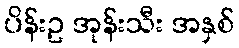
ပိန်းဥ အုန်းသီး အနှစ်